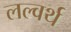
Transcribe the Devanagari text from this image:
लल्वर्थ